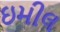
ઇમીલ